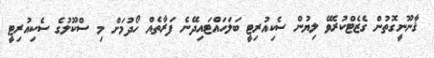
ޤާނޫނީގޮތުން ގެޒެޓްކުރެވޭ ލިޔުން ސެކިއުރިޓީ ބަލަހައްޓައިދޭނެ ފަރާތެއް ހޯދުމަށް މި ސްކޫލުގެ ސެކިއުރިޓީ